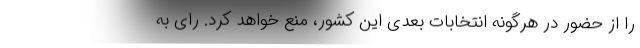
را از حضور در هرگونه انتخابات بعدی این کشور، منع خواهد کرد. رای به